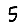
Digit: 5